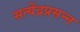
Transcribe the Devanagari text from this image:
सत्येंद्रप्रसन्न